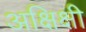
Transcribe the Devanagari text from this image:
अक्षिक्षी